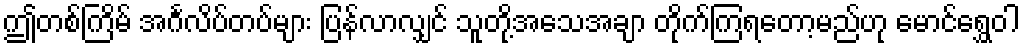
ဤတစ်ကြိမ် အင်္ဂလိပ်တပ်များ ပြန်လာလျှင် သူတို့အသေအချာ တိုက်ကြရတော့မည်ဟု မောင်ရွှေဝါ